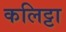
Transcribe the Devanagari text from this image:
कलिट्टा